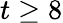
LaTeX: t\geq 8